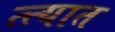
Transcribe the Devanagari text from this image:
त्त्यात